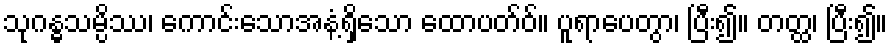
သုဂန္ဓသမ္ပိဿ၊ ကောင်းသောအနံ့ရှိသော ထောပတ်ဝ်။ ပူရာပေတွာ၊ ပြီး၍။ တတ္ထ၊ ပြီး၍။